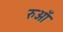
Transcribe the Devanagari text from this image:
रुआँ